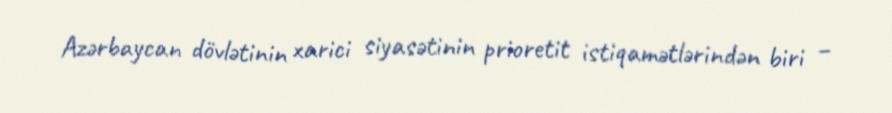
Azərbaycan dövlətinin xarici siyasətinin prioretit istiqamətlərindən biri –